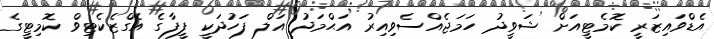
އެޑްވައިޒަރީ ކޮމެޓީއަށް ޝަވީދު ހަމަޖެއްސެވިއިރު އަޙްމަދު އަލް ފަހުދަކީ ފީފާގެ އެގްޒެކެޓިވް ކޮމިޓީގެ